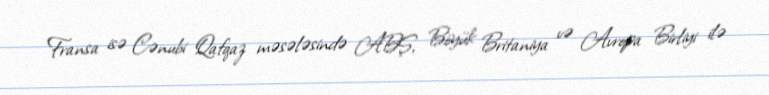
Fransa isə Cənubi Qafqaz məsələsində ABŞ, Böyük Britaniya və Avropa Birliyi ilə